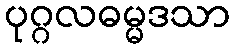
ပုဂ္ဂလဓမ္မဒသာ